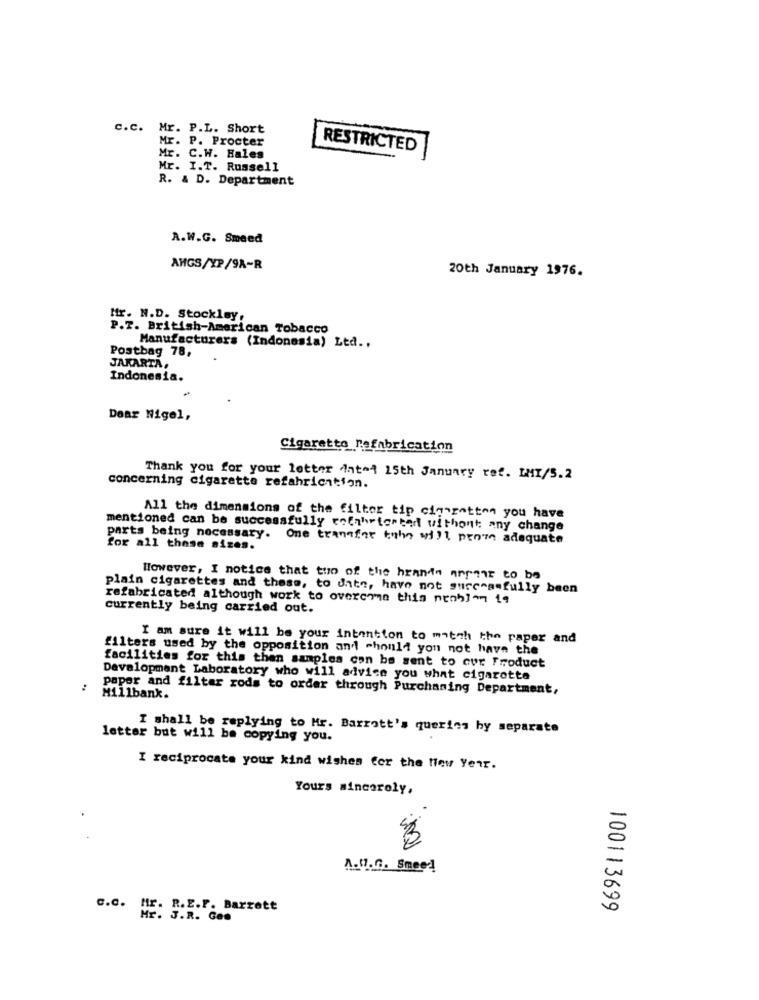
c.c.
Mr. P.L. Short
Mr. P. Procter
RESTRICTED
Mr. C.W. Hales
Mr. I.T. Russell
R. & D. Department
A.W.G. Smeed
AHGS/YP/9A-R
20th January 1976.
Mr. N.D. Stockley,
P.T. British-American Tobacco
Postbag 78,
Manufacturers (Indonesia) Ltd ..
JAKARTA,
Indonesia.
Doar Nigel,
Cigarette nefabrication
Thank you for your letter int 4 15th January ref. IMI/5.2
concerning cigarette refahrication.
All the dimensions of the filter tip ciqueotton you have
mentioned can be successfully refahrtented without any change
parts being necessary. One transfor toho will prome adequate
for all those sizes.
However, I notice that two of the hrande arpaar to be
plain cigarettes and these, to date, have not successfully been
refabricated although work to overcome this nenh]- 19
currently being carried out.
I am sure it will be your intention to match the paper and
filters used by the opposition and should you not have the
facilities for this then samples con be sent to our Product
Development Laboratory who will advice you what cigarette
paper and filter rods to order through Purchasing Department,
Millbank.
I shall be replying to Mr. Barrett's queries by separate
letter but will be copying you.
I reciprocate your kind wishes for the New Year.
Yours sincerely,
A.C.G. Smeed
c.C. Mr. R.E.F. Barrett
100113699
Hr. J.R. Gos